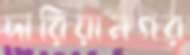
দারিয়ানগর